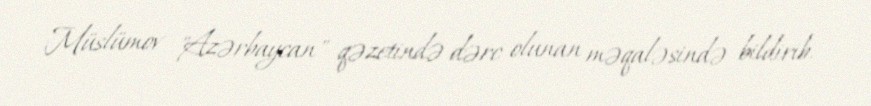
Müslümov "Azərbaycan" qəzetində dərc olunan məqaləsində bildirib.